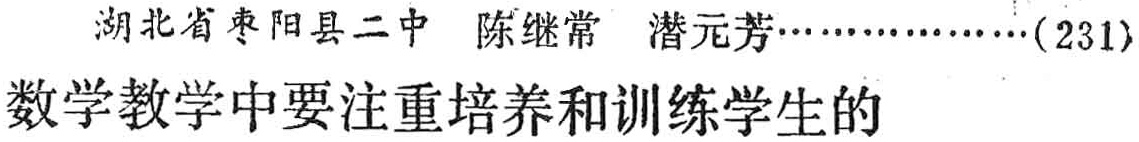
湖北省枣阳县二中 陈继常 潜元芳……(231)\\

数学教学中要注重培养和训练学生的